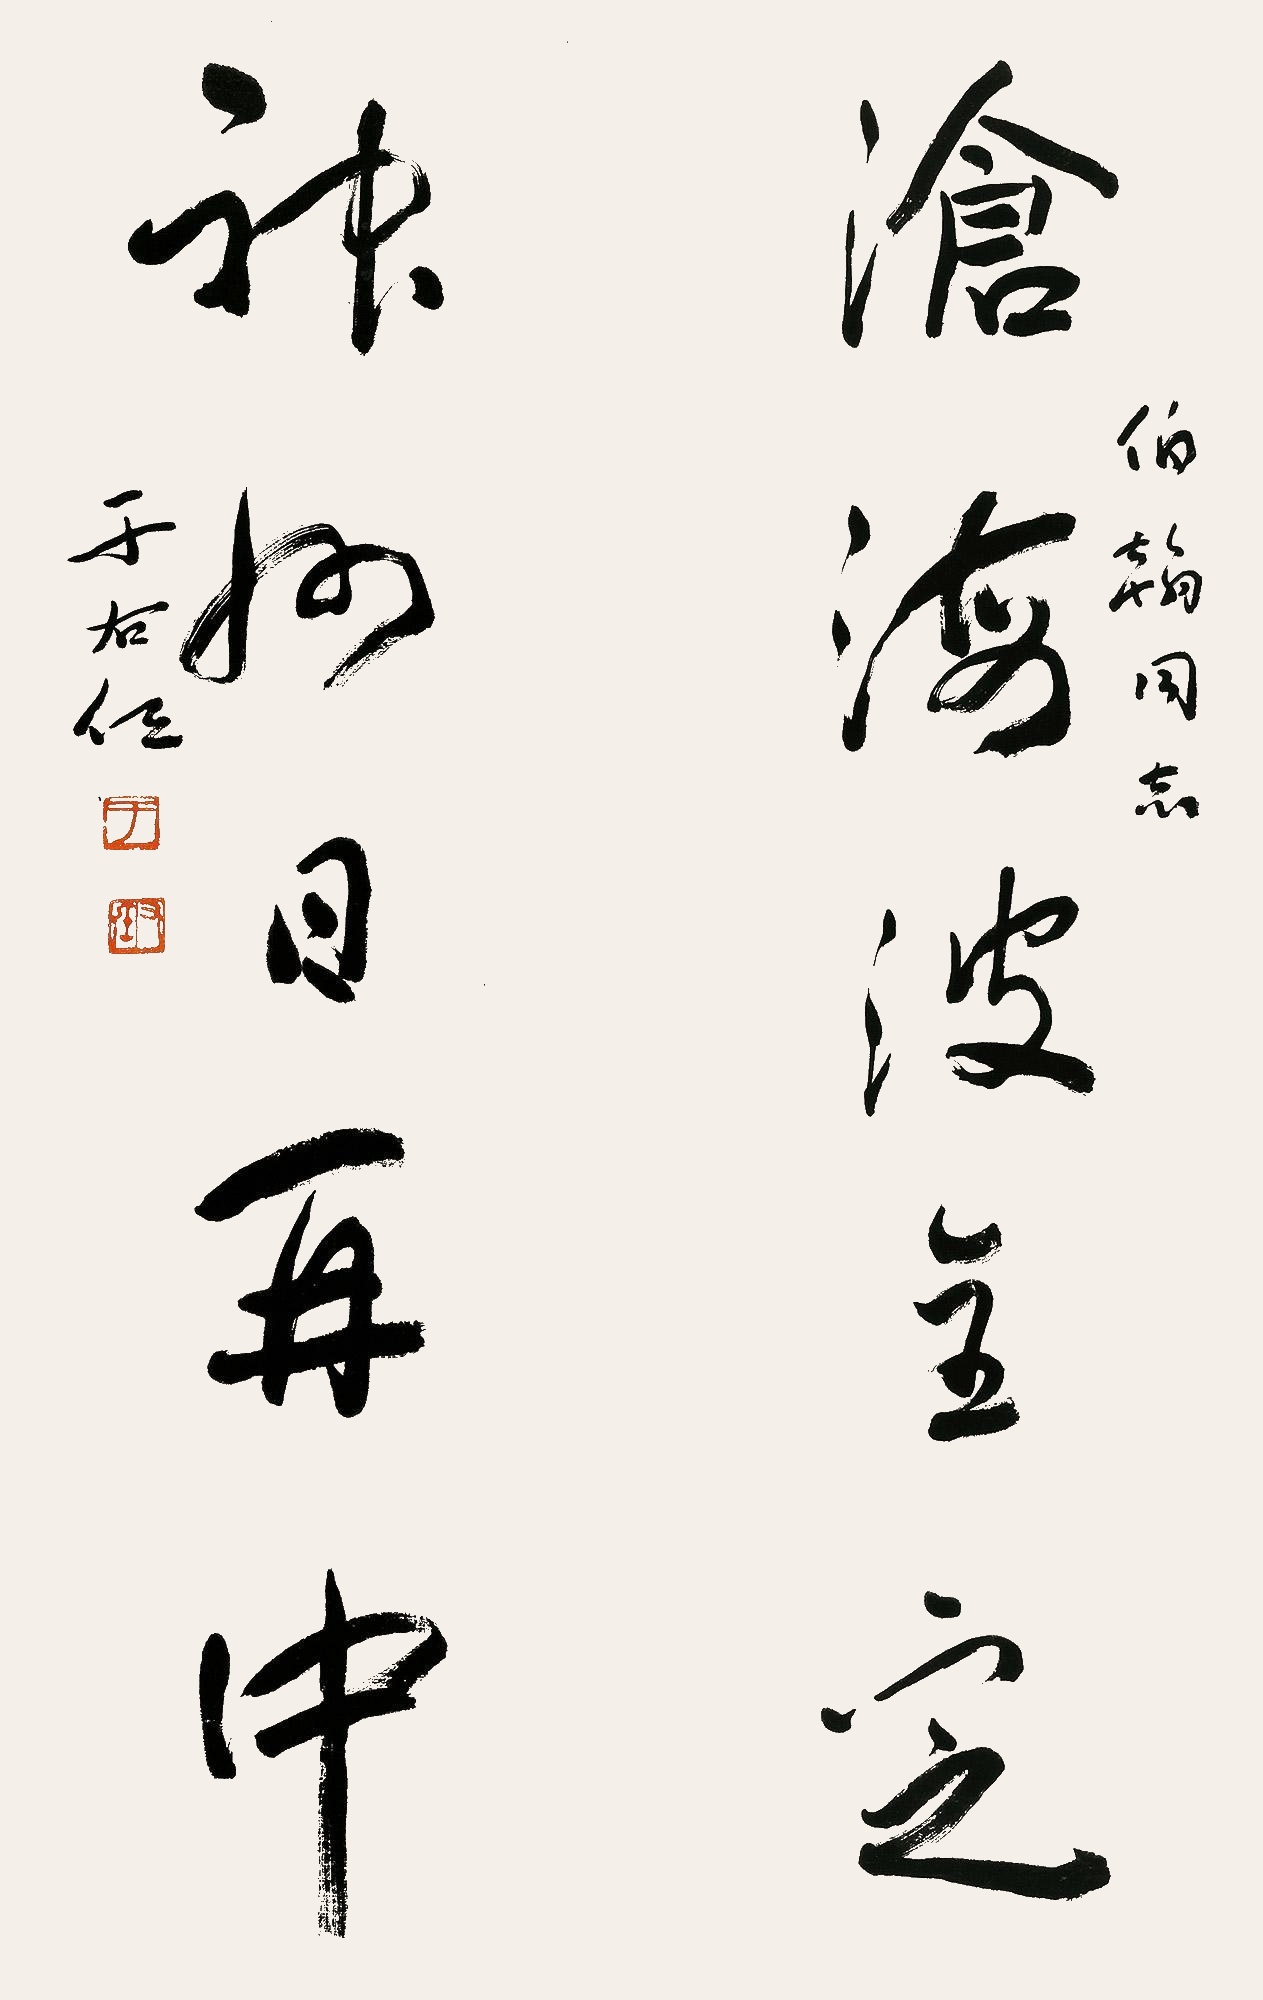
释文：沧海波金定，神州日再中。伯翰同志，于右任。